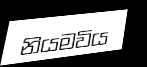
නියමවිය